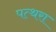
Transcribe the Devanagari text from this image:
पत्थरा